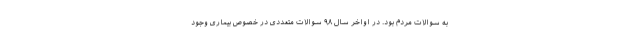
به سوالات مردم بود. در اواخر سال ٩٨ سوالات متعددی در خصوص بیماری وجود